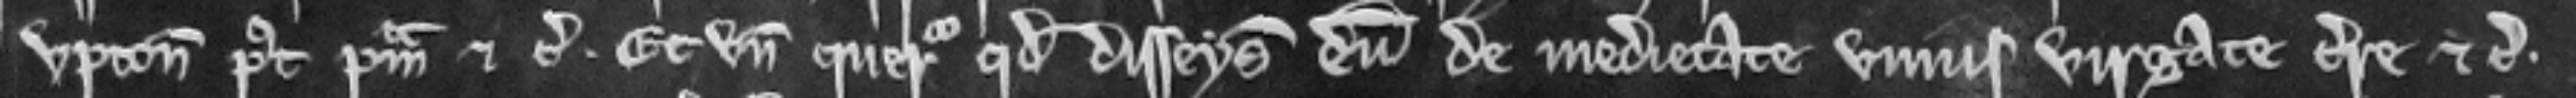
Upton post primam etc. Et unde queritur quod disseisivit eum de meditate unius virgate terre etc.